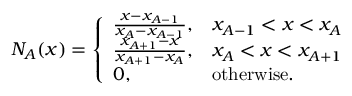
N _ { A } ( x ) = \left\{ \begin{array} { l l } { \frac { x - x _ { A - 1 } } { x _ { A } - x _ { A - 1 } } , } & { x _ { A - 1 } < x < x _ { A } } \\ { \frac { x _ { A + 1 } - x } { x _ { A + 1 } - x _ { A } } , } & { x _ { A } < x < x _ { A + 1 } } \\ { 0 , } & { \mathrm { o t h e r w i s e } . } \end{array} \right.